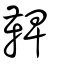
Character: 鞞